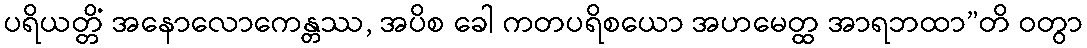
ပရိယတ္တိံ အနောလောကေန္တဿ, အပိစ ခေါ ကတပရိစယော အဟမေတ္ထ အာရဘထာ”တိ ဝတွာ